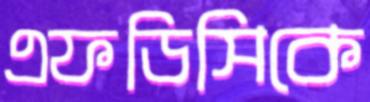
এফডিসিকে